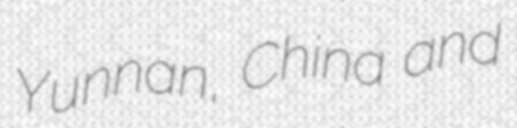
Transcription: Yunnan, China and